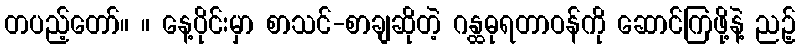
တပည့်တော်။ ။ နေ့ပိုင်းမှာ စာသင်-စာချဆိုတဲ့ ဂန္ထဓုရတာဝန်ကို ဆောင်ကြဖို့နဲ့ ညဉ့်